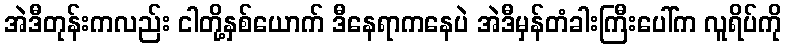
အဲဒီတုန်းကလည်း ငါတို့နှစ်ယောက် ဒီနေရာကနေပဲ အဲဒီမှန်တံခါးကြီးပေါ်က လူရိပ်ကို